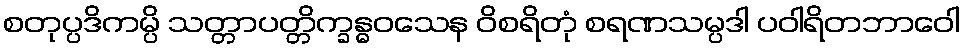
စတုပ္ပဒိကမ္ပိ သတ္တာပတ္တိက္ခန္ဓဝသေန ဝိစရိတုံ စရဏသမ္ပဒါ ပဝါရိတဘာဝေါ